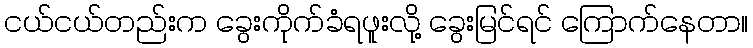
ငယ်ငယ်တည်းက ခွေးကိုက်ခံရဖူးလို့ ခွေးမြင်ရင် ကြောက်နေတာ။